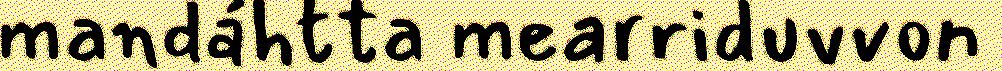
mandáhtta mearriduvvon